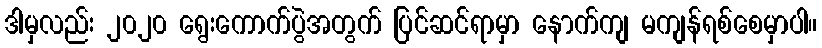
ဒါမှလည်း ၂၀၂၀ ရွေးကောက်ပွဲအတွက် ပြင်ဆင်ရာမှာ နောက်ကျ မကျန်ရစ်စေမှာပါ။